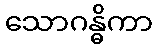
သောဂန္ဓိကာ